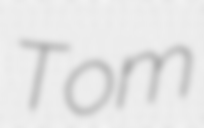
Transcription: Tom